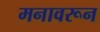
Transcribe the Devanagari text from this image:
मनावरून